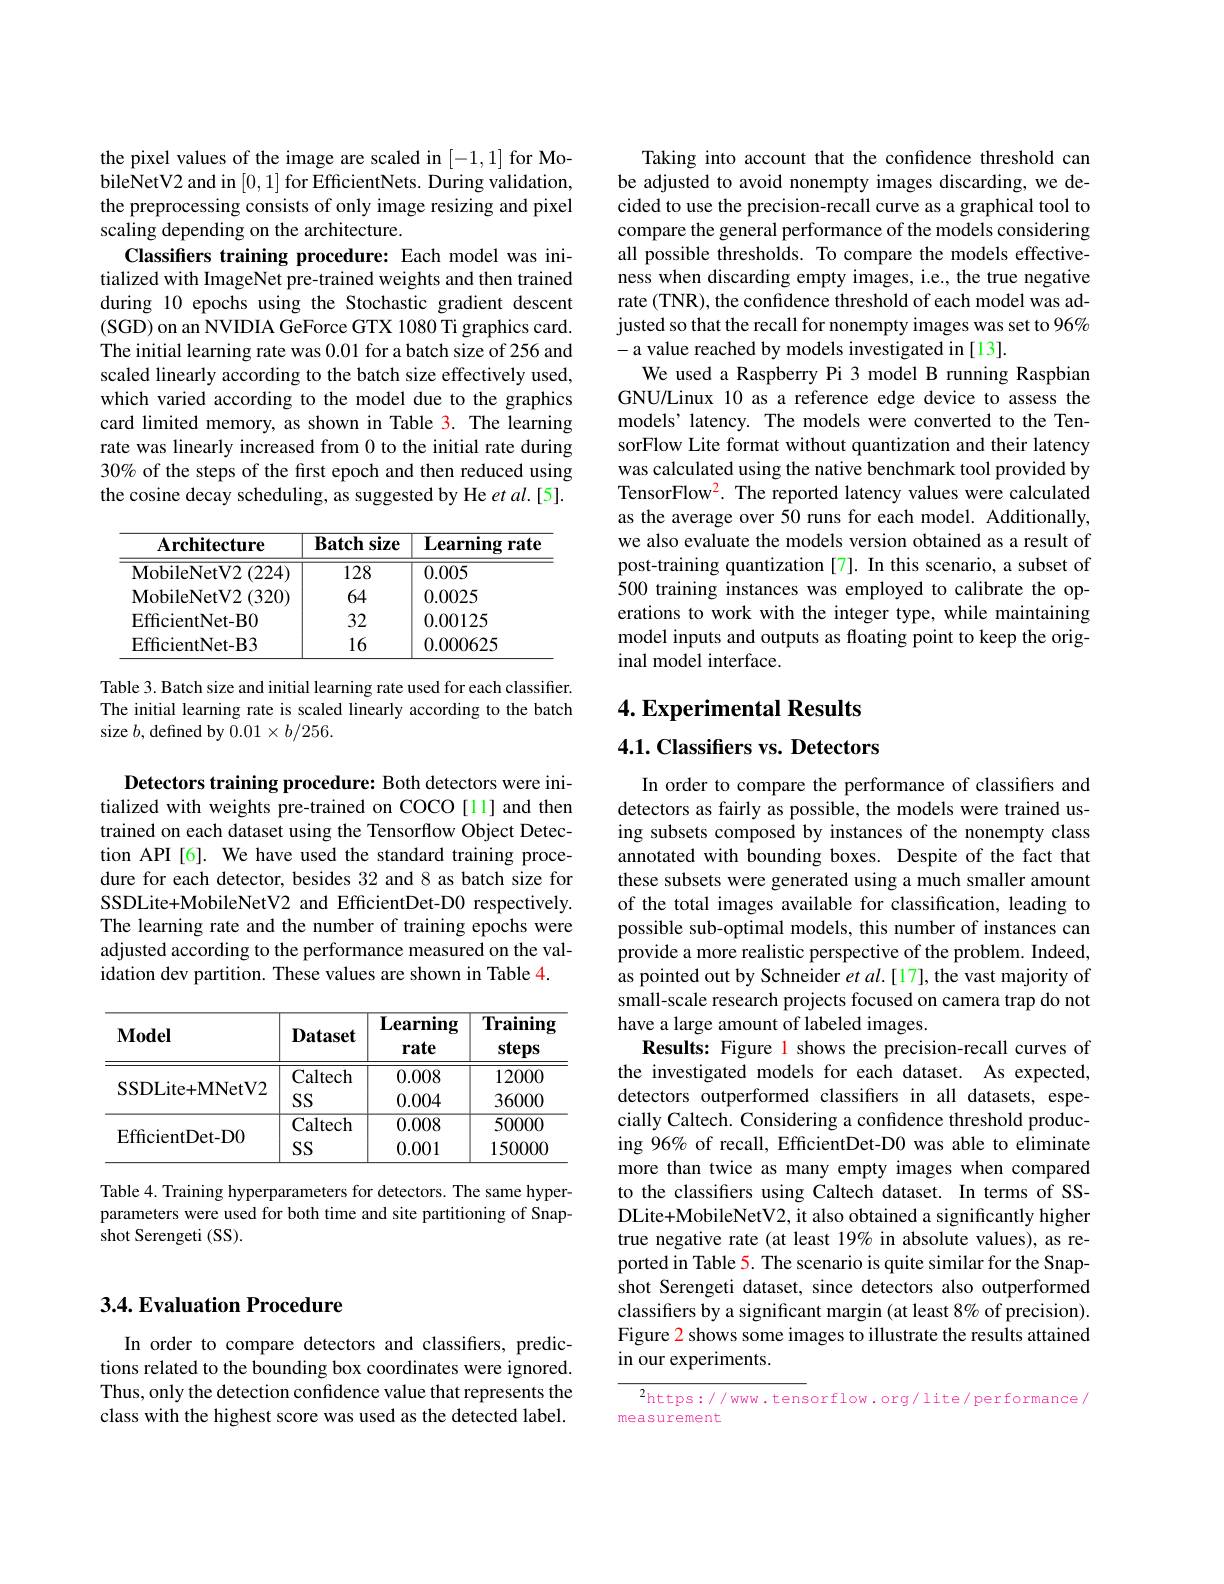
## 3.4. Evaluation Procedure

In order to compare detectors and classifiers, predictions related to the bounding box coordinates were ignored. Thus, only the detection confidence value that represents the class with the highest score was used as the detected label.

the pixel values of the image are scaled in [-1,1] for MobileNetV2 and in [0,1] for EfficientNets. During validation, the preprocessing consists of only image resizing and pixel scaling depending on the architecture.
Classifiers training procedure: Each model was initialized with ImageNet pre-trained weights and then trained during 10 epochs using the Stochastic gradient descent (SGD) on an NVIDIA GeForce GTX 1080 Ti graphics card. The initial learning rate was 0.01 for a batch size of 256 and scaled linearly according to the batch size effectively used, which varied according to the model due to the graphics card limited memory, as shown in Table 3. The learning rate was linearly increased from 0 to the initial rate during 30% of the steps of the frst epoch and then reduced using the cosine decay scheduling, as suggested by He et al.[5].

<table>
	<tbody>
		<tr>
			<th>$\mathbf{Architecture}$</th>
			<th>size $\mathbf{Batchs}$</th>
			<th>$\mathbf{Learning}$ $\xi rate$</th>
		</tr>
		<tr>
			<td>$2\left(224\right)$ $\mathbf{MobileNetV2}$ </td>
			<td>128</td>
			<td>0.005</td>
		</tr>
		<tr>
			<td>${\mathrm{MobileNetV2~(320)}}$</td>
			<td>64</td>
			<td>0.0025</td>
		</tr>
		<tr>
			<td>EfficientNet- B0</td>
			<td>32</td>
			<td>0.00125</td>
		</tr>
		<tr>
			<td>EfficientNet-B3</td>
			<td>16</td>
			<td>0.000625</td>
		</tr>
	</tbody>
</table>

Table 3. Batch size and initial learning rate used for each classifier. The initial learning rate is scaled linearly according to the batch size $b$, defined by $0.01\times b/256.$

Detectors training procedure: Both detectors were initialized with weights pre-trained on COCO[11] and then trained on each dataset using the Tensorflow Object Detection API[6]. We have used the standard training procedure for each detector, besides 32 and 8 as batch size for SSDLite+MobileNetV2 and EfficientDet-D0 respectively. The learning rate and the number of training epochs were adjusted according to the performance measured on the validation dev partition. These values are shown in Table 4.

<table>
	<tbody>
		<tr>
			<th>$\mathbf{Model}$</th>
			<th>$\mathbf{Dataset}$</th>
			<th>${\overline{{\mathbf{Learning}}}}$ rate</th>
			<th>${\overline{\mathbf{Training}}}$ steps</th>
		</tr>
		<tr>
			<td>SSDLite+MNetV2</td>
			<td>Caltech $SS$</td>
			<td>0.008 0.004</td>
			<td>12000 36000</td>
		</tr>
		<tr>
			<td>$\mathbf{EfficientDet-DO}$</td>
			<td>Caltech $SS$</td>
			<td>0.008 0.001</td>
			<td>50000 150000</td>
		</tr>
		<tr>
			<td>Ellicienubet-DO</td>
			<td>SS</td>
			<td>0.001</td>
			<td>150000</td>
		</tr>
	</tbody>
</table>

Table 4. Training hyperparameters for detectors. The same hyperparameters were used for both time and site partitioning of Snapshot Serengeti (SS).

Taking into account that the confidence threshold can be adjusted to avoid nonempty images discarding, we decided to use the precision-recall curve as a graphical tool to compare the general performance of the models considering all possible thresholds. To compare the models effectiveness when discarding empty images, i.e., the true negative rate (TNR), the confidence threshold of each model was adjusted so that the recall for nonempty images was set to 96% -a value reached by models investigated in[13].
We used a Raspberry Pi 3 model B running Raspbian GNU/Linux 10 as a reference edge device to assess the models’latency. The models were converted to the TensorFlow Lite format without quantization and their latency was calculated using the native benchmark tool provided by TensorFlow$^2.$ The reported latency values were calculated as the average over 50 runs for each model. Additionally, we also evaluate the models version obtained as a result of post-training quantization [7]. In this scenario, a subset of 500 training instances was employed to calibrate the operations to work with the integer type, while maintaining model inputs and outputs as floating point to keep the original model interface.

## 4. Experimental Results

4.1. Classifiers vs. Detectors

In order to compare the performance of classifiers and detectors as fairly as possible, the models were trained using subsets composed by instances of the nonempty class annotated with bounding boxes. Despite of the fact that these subsets were generated using a much smaller amount of the total images available for classification, leading to possible sub-optimal models, this number of instances can provide a more realistic perspective of the problem. Indeed, as pointed out by Schneider et al.[17], the vast majority of small-scale research projects focused on camera trap do not have a large amount of labeled images.
Results: Figure l shows the precision-recall curves of the investigated models for each dataset. As expected, detectors outperformed classifiers in all datasets, especially Caltech. Considering a confidence threshold producing 96% of recall, EfficientDet-D0 was able to eliminate more than twice as many empty images when compared to the classifiers using Caltech dataset. In terms of SSDLite+MobileNetV2, it also obtained a significantly higher true negative rate (at least 19% in absolute values), as reported in Table 5. The scenario is quite similar for the Snapshot Serengeti dataset, since detectors also outperformed classifiers by a significant margin (at least 8% of precision). Figure 2 shows some images to illustrate the results attained in our experiments.

$^2$https://www.tensorflow.org/lite/performance/
measurement